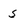
Character: S